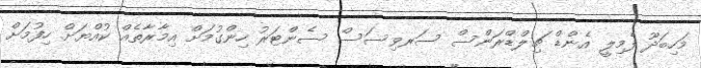
މަހިބަދޫ ފެމިލީ އެންޑް ޗިލްޑްރަންސް ސަރވިސަސް ސެންޓަރު ހިންގުމަށް އިމާރާތެއް ކުއްޔަށް ހިފުމަށް